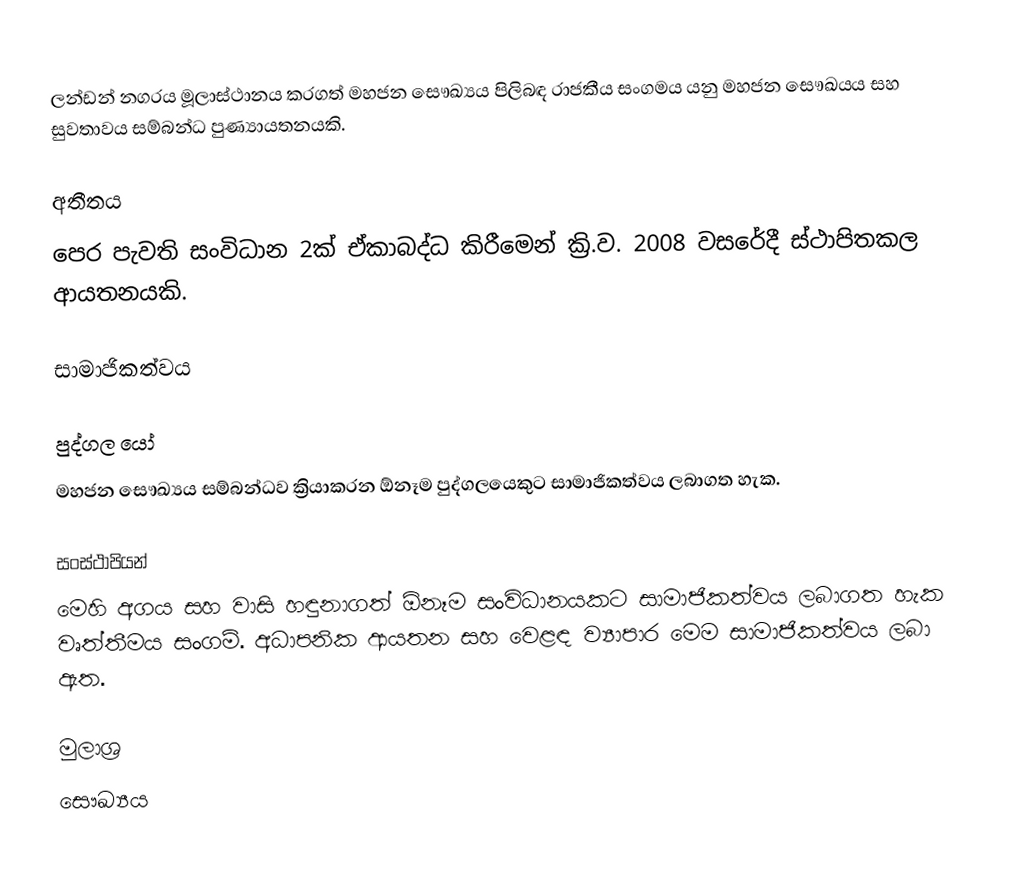
ලන්ඩන් නගරය මූලාස්ථානය කරගත් මහජන සෞඛ්‍යය පිලිබඳ රාජකීය සංගමය යනු මහජන සෞඛයය සහ සුවතාවය සම්බන්ධ පුණ්‍යායතනයකි.

අතීතය
පෙර පැවති සංවිධාන 2ක් ඒකාබද්ධ කිරීමෙන් ක්‍රි.ව. 2008 වසරේදී ස්ථාපිතකල ආයතනයකි.

සාමාජිකත්වය

පුද්ගල යෝ
මහජන සෞඛ්‍යය සම්බන්ධව ක්‍රියාකරන ඕනෑම පුද්ගලයෙකුට සාමාජිකත්වය ලබාගත හැක.

සංස්ථාපියන්
මෙහි අගය සහ වාසි හඳුනාගත් ඕනෑම සංවිධානයකට සාමාජිකත්වය ලබාගත හැක වෘත්තීමය සංගම්. අධාපනික ආයතන සහ වෙළඳ ව්‍යාපාර මෙම සාමාජිකත්වය ලබා ඇත.

මුලාශ්‍ර
සෞඛ්‍යය